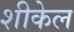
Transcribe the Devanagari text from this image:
शीकेल